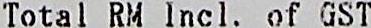
TOTAL RM INCL OF GST